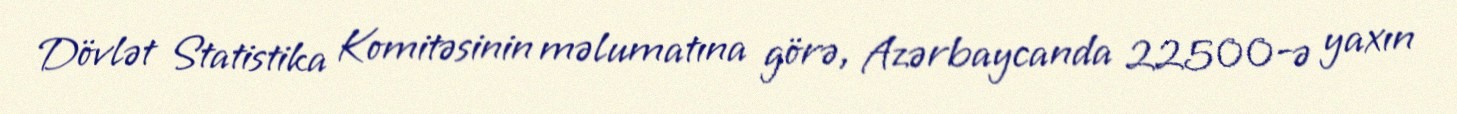
Dövlət Statistika Komitəsinin məlumatına görə, Azərbaycanda 22500-ə yaxın